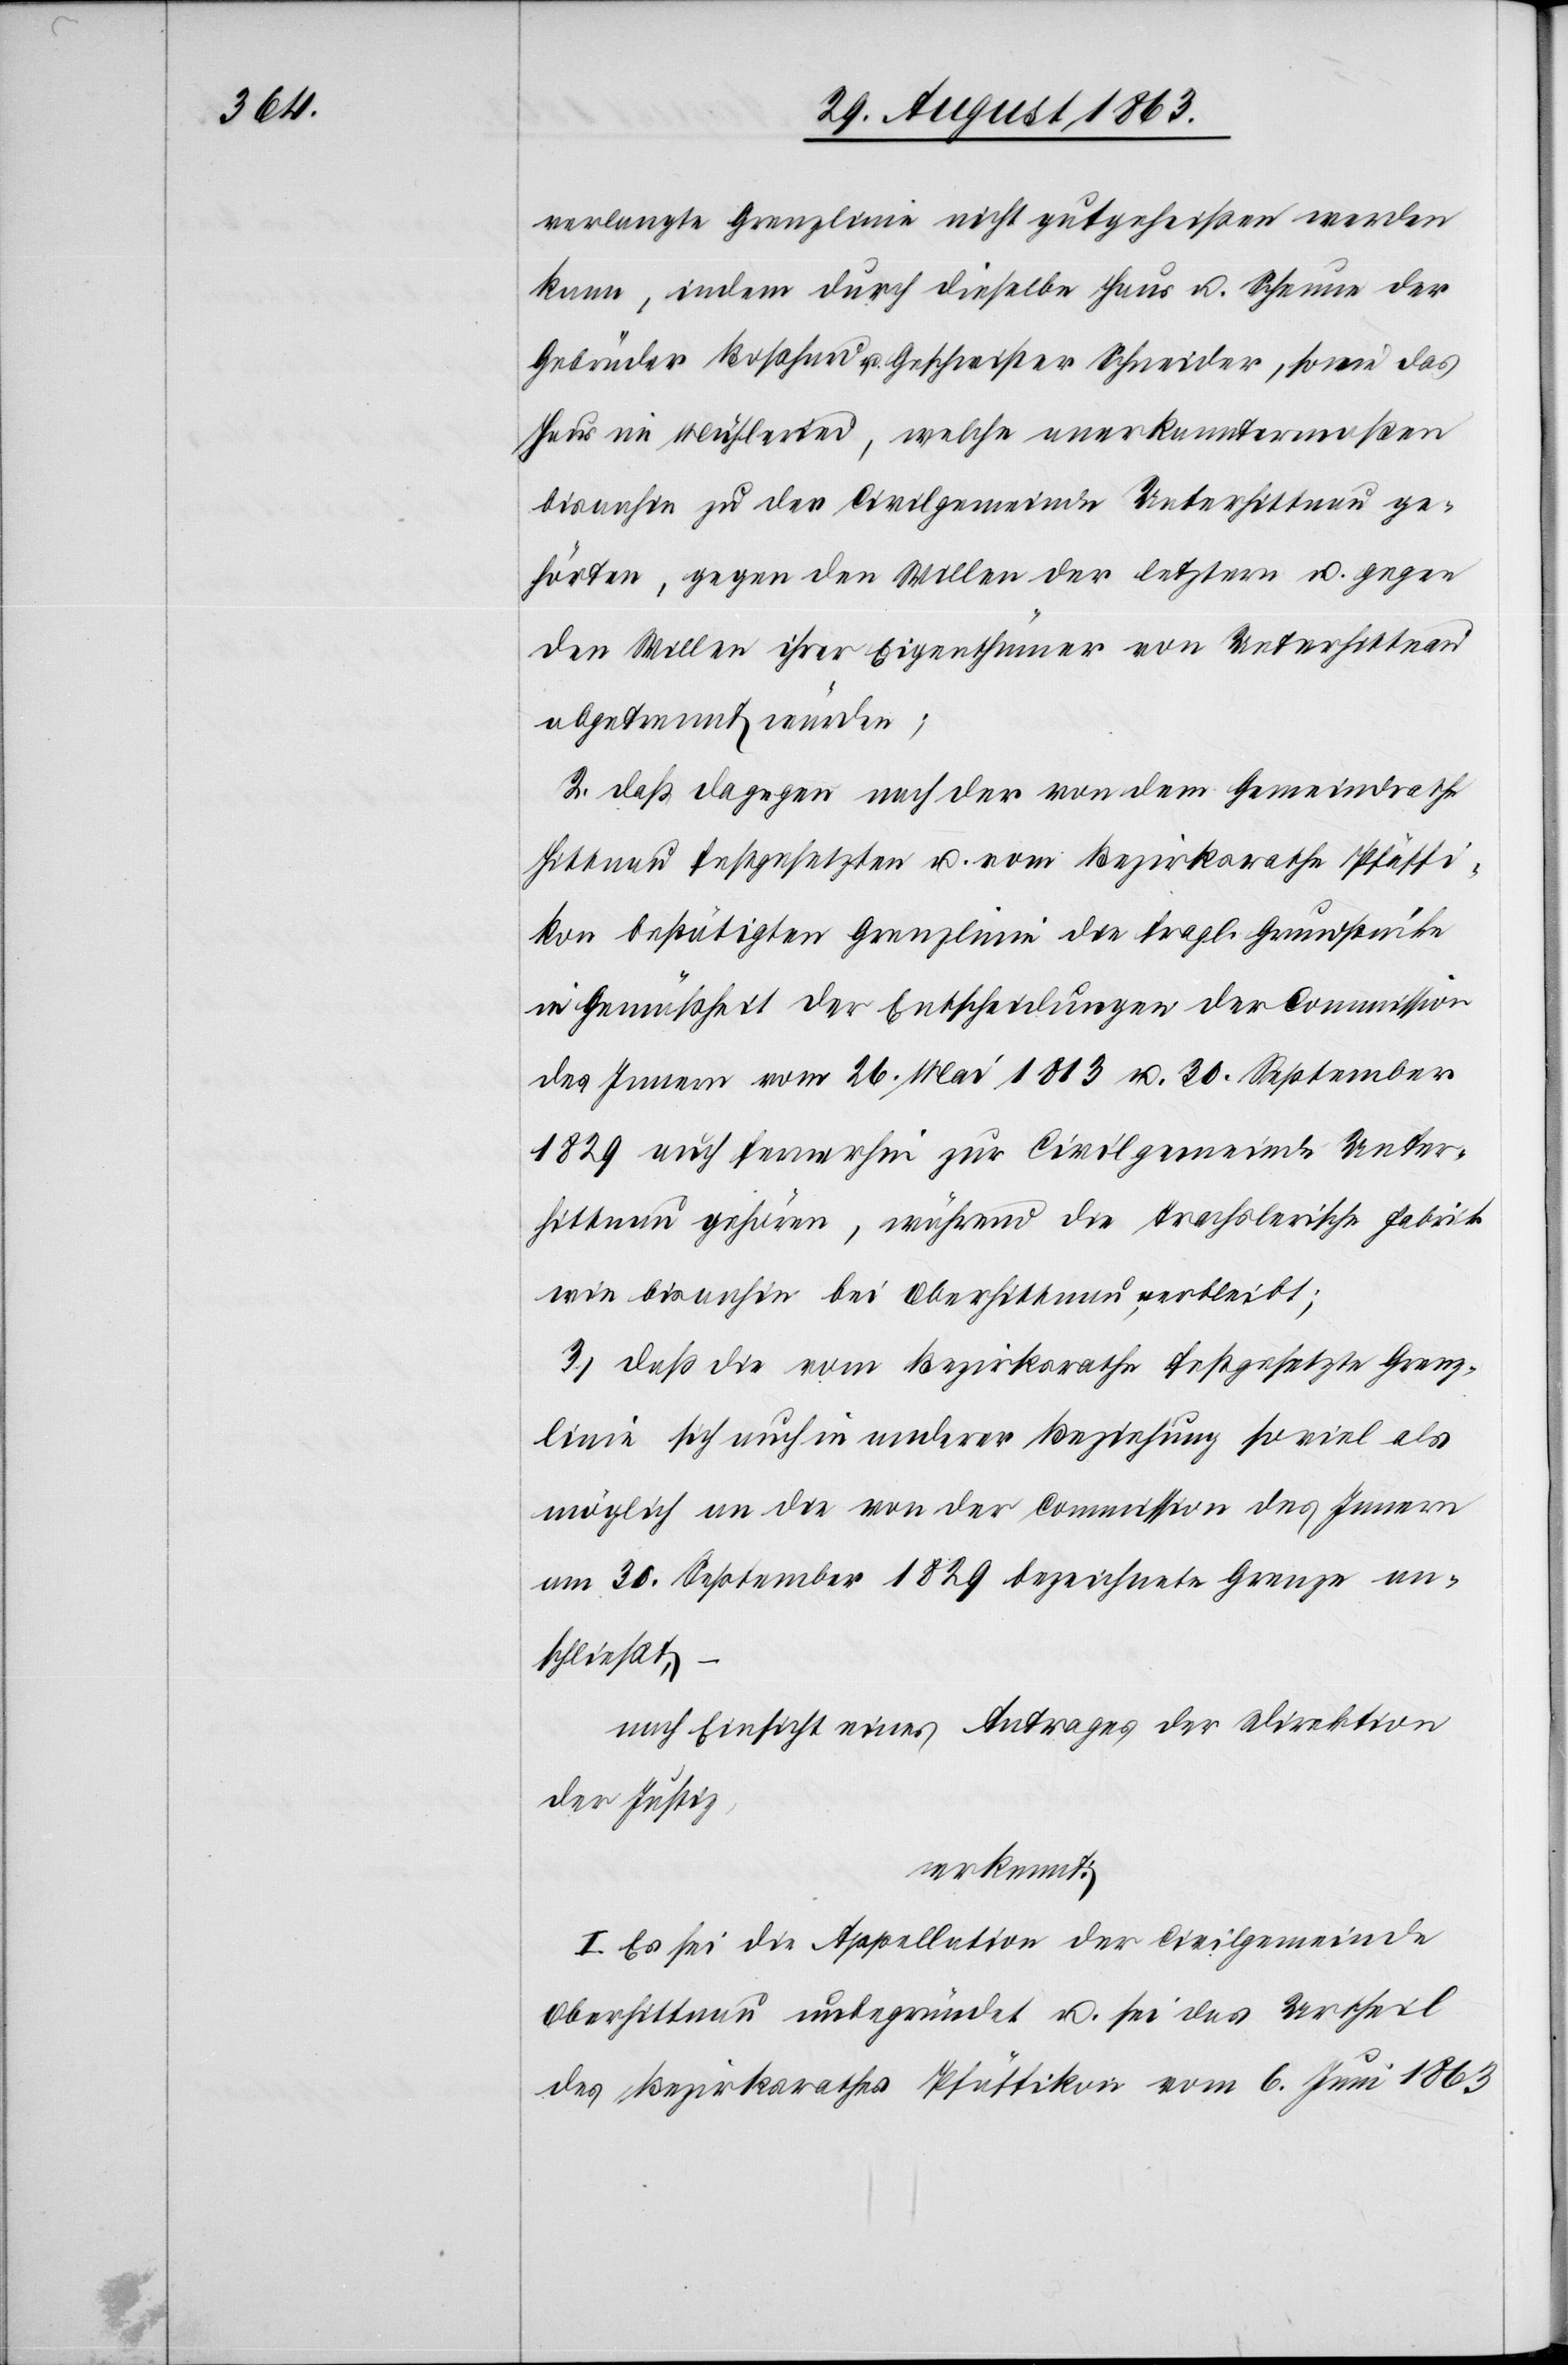
verlangte Grenzlinie nicht gutgeheißen werden
kann, indem durch dieselbe Haus u. Scheune der
Gebrüder Boßhard u. Geschwister Schneider, sowie das
bisanhin zu der Civilgemeinde Unterhittnau ge¬
hörten, gegen den Willen der letztern u. gegen
den Willen ihrer Eigenthümer von Unterhittnau
abgetrennt würden;
2.) daß dagegen nach der von dem Gemeindrathe
Hittnau festgesetzten u. vom Bezirksrathe Pfäffi¬
kon bestätigten Grenzlinie die fragl. Grundstücke
in Gemäßheit der Entscheidungen der Commission
des Innern vom 26. Mai 1813 u. 30. September
1829 auch fernerhin zur Civilgemeinde Unter¬
hittnau gehören, während die Trachslerische Fabrik
wie bisanhin bei Oberhittnau verbleibt;
3.) daß die vom Bezirksrathe festgesetzte Grenz¬
linie sich auch in anderer Beziehung soviel als
möglich an die von der Commission des Innern
am 30. September 1829 bezeichnete Grenze an¬
schließt, –
nach Einsicht eines Antrages der Direktion
der Justiz,
erkennt:
I. Es sei die Appellation der Civilgemeinde
Oberhittnau unbegründet u. sei das Urtheil
des Bezirksrathes Pfäffikon vom 6. Juni 1863